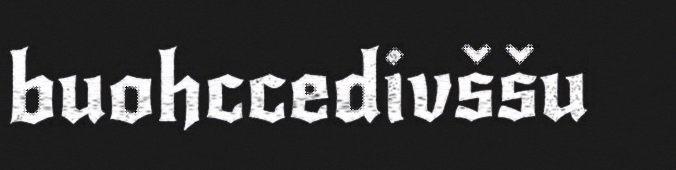
buohccedivššu